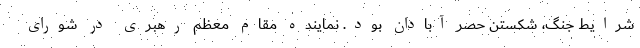
شرایط جنگ، شکستن حصر آبادان بود. نماینده مقام معظم رهبری در شورای